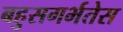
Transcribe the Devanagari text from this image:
बहुसगर्भतेस